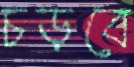
চড়বে